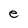
Character: e